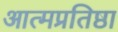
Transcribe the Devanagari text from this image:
आत्मप्रतिष्ठा